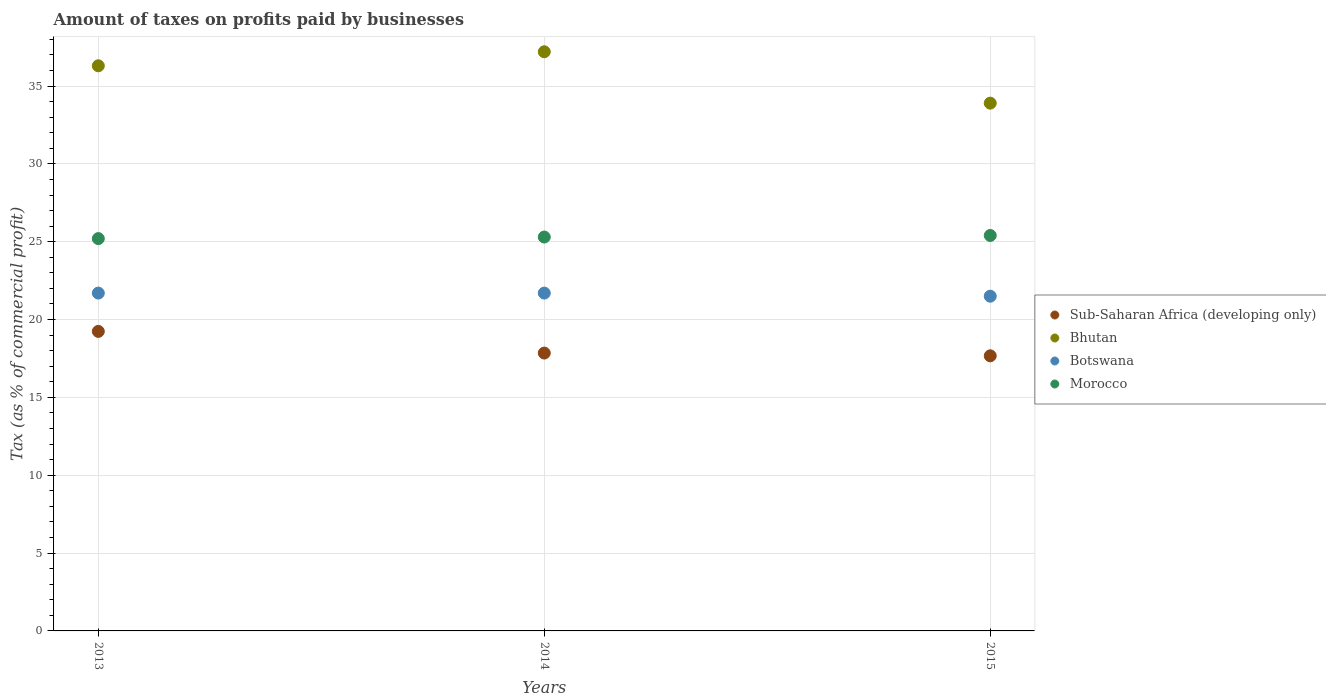
| Years | Sub-Saharan Africa (developing only) | Bhutan | Botswana | Morocco |
 | --- | --- | --- | --- | --- |
 | 2013 | 19.2 | 36.3 | 21.7 | 25.2 |
 | 2014 | 17.8 | 37.2 | 21.7 | 25.3 |
 | 2015 | 17.7 | 33.9 | 21.5 | 25.4 |